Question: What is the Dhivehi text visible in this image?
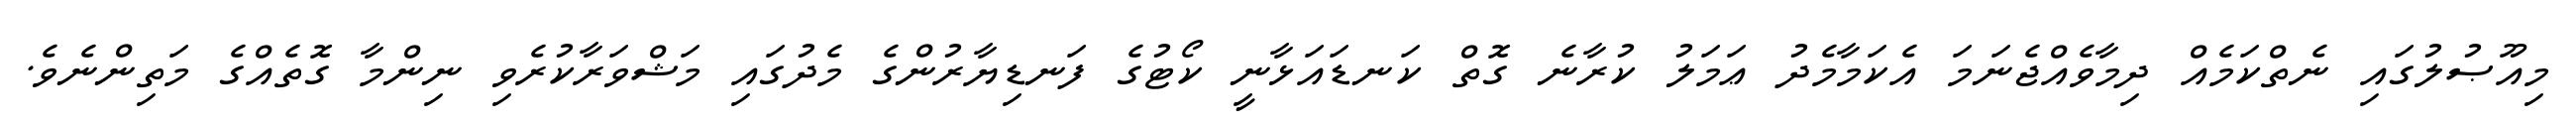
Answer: މިއޫޞުލުގައި ނެތްކަމެއް ދިމާވެއްޖެނަމަ އެކަމާމެދު ޢަމަލު ކުރާނެ ގޮތް ކަނޑައަޅާނީ ކޯޓުގެ ފަނޑިޔާރުންގެ މެދުގައި މަޝްވަރާކުރެވި ނިންމާ ގޮތެއްގެ މަތިންނެވެ.